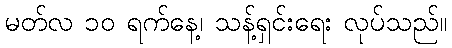
မတ်လ ၁၀ ရက်နေ့၊ သန့်ရှင်းရေး လုပ်သည်။